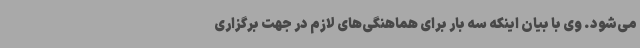
می‌شود. وی با بیان اینکه سه بار برای هماهنگی‌های لازم در جهت برگزاری